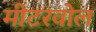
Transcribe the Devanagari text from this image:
मीटरवोल